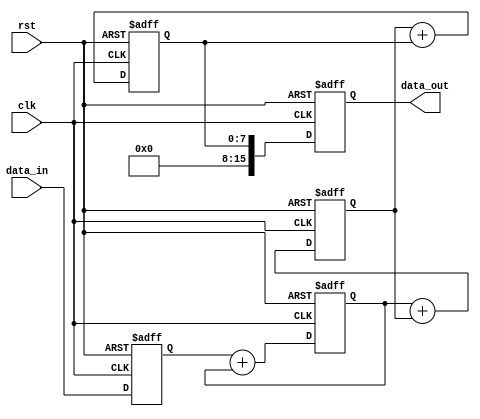
module ArithmeticPipelineAccumulator (
    input wire clk,
    input wire rst,
    input wire [7:0] data_in,
    output wire [15:0] data_out
);

reg [7:0] data [3:0]; // Pipeline registers
reg [15:0] accumulator; // Accumulator register

always @(posedge clk or negedge rst) begin
    if (!rst) begin
        data[0] <= 8'h00;
        data[1] <= 8'h00;
        data[2] <= 8'h00;
        data[3] <= 8'h00;
        accumulator <= 16'h0000;
    end else begin
        // Pipeline stages
        data[0] <= data_in;
        data[1] <= data[0] + data[1];
        data[2] <= data[1] + data[2];
        data[3] <= data[2] + data[3];
        
        // Accumulator stage
        accumulator <= data[3];
    end
end

assign data_out = accumulator;

endmodule